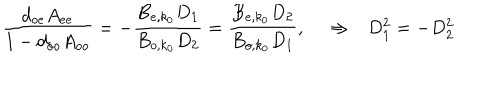
LaTeX: { \frac { d _ { o e } A _ { e e } } { 1 - d _ { o o } A _ { o o } } } = - { \frac { B _ { e , k _ { 0 } } D _ { 1 } } { B _ { o , k _ { 0 } } D _ { 2 } } } = { \frac { B _ { e , k _ { 0 } } D _ { 2 } } { B _ { o , k _ { 0 } } D _ { 1 } } } , ~ \Rightarrow D _ { 1 } ^ { 2 } = - D _ { 2 } ^ { 2 }